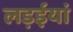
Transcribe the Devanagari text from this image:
लड़ईयां